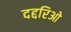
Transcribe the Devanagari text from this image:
दद्दरिओ